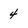
Character: 4